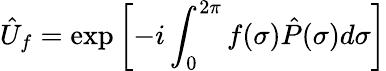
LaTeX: \hat{U}_{f}=\exp\left[-i\int_{0}^{2\pi}f(\sigma)\hat{P}(\sigma)d\sigma\right]